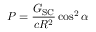
P = { \frac { G _ { \mathrm { S C } } } { c R ^ { 2 } } } \cos ^ { 2 } \alpha